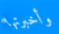
وأخبرتها